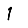
Digit: 1